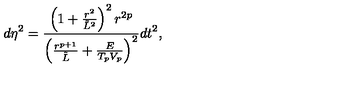
d \eta ^ { 2 } = { \frac { \left( 1 + { \frac { r ^ { 2 } } { \tilde { L } ^ { 2 } } } \right) ^ { 2 } r ^ { 2 p } } { \left( { \frac { r ^ { p + 1 } } { \tilde { L } } } + { \frac { E } { T _ { p } V _ { p } } } \right) ^ { 2 } } } d t ^ { 2 } ,